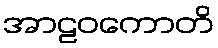
အာဠဝကောတိ